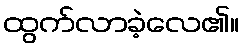
ထွက်လာခဲ့လေ၏။